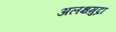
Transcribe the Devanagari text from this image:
अलक्षमुद्रा